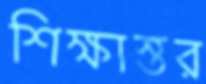
শিক্ষাস্তর